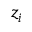
z _ { i }